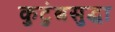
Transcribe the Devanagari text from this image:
कुटुंबसुद्धा